Report on the lunatic asylums under the Government of Bombay - 1904-1913
Year: 1904
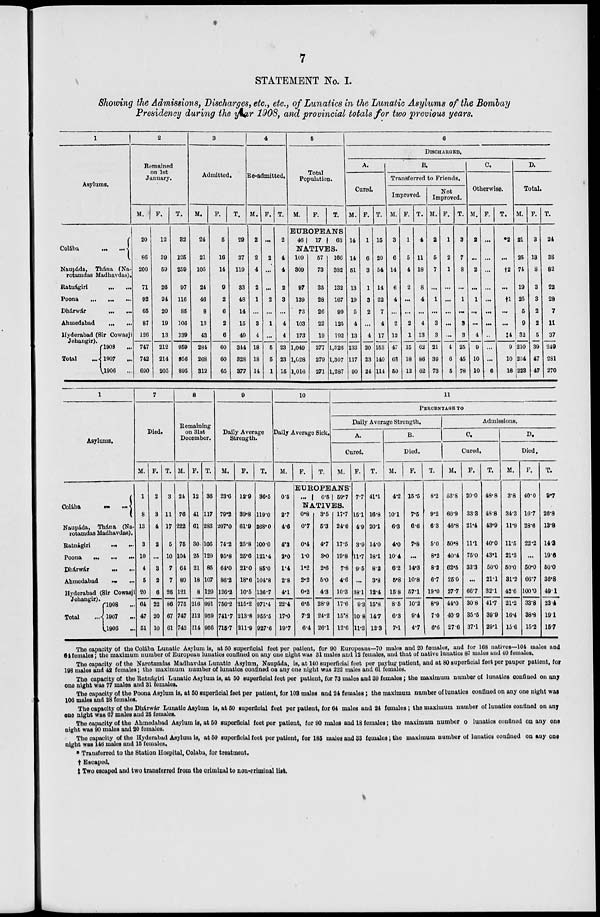
7
STATEMENT No. I.
Showing the Admissions, Discharges, etc., etc., of Lunatics in the Lunatic Asylums of the Bombay
Presidency during the year 1908, and provincial totals for two previous years.
1
Asylums.
Colába ... ...
Naupáda, Thána (Na-
rotamdas Madhavdas).
Ratnágiri
... ...
Poona ... ... ...
Dhárwár ... ...
Ahmedabad
...
...
Hyderabad (Sir Cowasji
Jehangir).
Total ...
1908 ...
1907 ...
1906
...
2
Remained
on 1st
January.
M.
20
86
200
71
92
65
87
126
747
742
690
F.
12
39
59
26
24
20
19
13
212
214
205
T.
32
125
259
97
116
85
106
139
959
956
895
3
Admitted.
M.
24
21
105
24
46
8
13
43
284
268
312
F.
5
16
14
9
2
6
2
6
60
60
65
T.
29
37
119
83
48
14
15
49
344
328
377
4
Re-admitted.
M.
2
2
4
2
1
...
3
4
18
18
14
F.
...
2
...
...
2
...
1
...
5
5
1
T.
2
4
4
2
3
...
4
4
23
23
15
5
Total
Population.
M.
F.
T.
EUROPEANS
46
17
63
NATIVES.
109
309
97
139
73
103
173
1,049
1,028
1,016
57
73
35
28
26
22
19
277
279
271
166
382
132
167
99
125
192
1,326
1,307
1,287
6
DISCHARGED.
A.
Cured.
M.
14
14
51
13
19
5
4
13
133
117
90
F.
1
6
3
1
3
2
...
4
20
23
24
T.
15
20
54
14
22
7
4
17
153
140
114
B.
Transferred to Friends.
Improved.
M.
3
6
14
6
4
...
2
12
47
68
50
F.
1
5
4
2
...
...
2
1
15
18
12
T.
4
11
18
8
4
...
4
13
62
86
62
Not
Improved.
M.
2
5
7
...
1
...
3
3
21
39
73
F.
1
2
1
...
...
...
...
...
4
6
5
T.
3
7
8
...
1
...
3
3
25
45
78
C.
Otherwise.
M.
2
...
2
...
1
...
...
4
9
10
10
F.
...
...
...
...
...
...
...
...
...
...
6
T.
*2
...
†2
...
†1
...
...
‡4
9
10
16
D.
Total.
M.
21
25
74
19
25
5
9
32
210
234
223
F.
3
13
8
3
3
2
2
5
39
47
47
T.
24
38
82
22
28
7
11
37
249
281
270
1
Asylums.
Colába ... ...
Naupáda, Thána (Na-
rotamdas Madhavdas).
Ratnágiri ... ...
Poona ... ... ...
Dhárwár ... ...
Ahmedabad ... ...
Hyderabad (Sir Cowasji
Jehangir).
Total
1908 ...
1907
...
1906 ...
7
Died.
M.
1
8
13
3
10
4
5
20
64
47
51
F.
2
3
4
2
...
3
2
6
22
20
10
T.
3
11
17
5
10
7
7
26
86
67
61
8
Remaining
on 31st
December.
M.
24
76
222
75
104
64
89
121
775
747
742
F.
12
41
61
30
25
21
18
8
216
212
214
T.
36
117
233
105
129
85
107
129
991
959
956
9
Daily Average
Strength.
M.
23.6
79.2
207.0
74.2
95.8
64.0
86.2
126.2
756.2
741.7
715.7
F.
12.9
39.8
61.9
25.8
25.6
21.0
18.6
10.5
215.2
213.8
211.9
T.
36.5
119.0
268.0
100.0
121.4
85.0
104.8
136.7
971.4
955.5
927.6
10
Daily Average Sick.
M.
0.5
2.7
4.6
4.3
2.0
1.4
2.8
4.1
22.4
17.0
19.7
F.
T.
11
PERCENTAGE TO
Daily Average Strength.
A.
Cured.
M.
EUROPEANS
...
0.5 59.7
NATIVES.
0.8
0.7
0.4
1.0
1.2
2.2
0.2
6.5
7.2
6.4
3.5
5.3
4.7
3.0
2.6
5.0
4.3
28.9
24.2
26.1
17.7
24.6
17.5
19.8
7.8
4.6
10.3
17.6
15.8
12.6
F.
7.7
15.1
4.9
3.9
11.7
9.5
...
38.1
9.3
10.8
11.3
T.
41.1
16.8
20.1
14.0
18.1
8.2
3.8
12.4
15.8
14.7
12.3
B.
Died.
M.
4.2
10.1
6.3
4.0
10.4
6.2
5.8
15 8
8.5
6.3
7.1
F.
15.5
7.5
6.6
7.8
...
14.3
10.8
57.1
10.2
9.4
4.7
T.
8.2
9.2
6.3
5.0
8.2
8.2
6.7
19.0
8.9
7.0
6.6
Admissions.
C.
Cured.
M.
53.8
60.9
46.8
50.8
40.4
62.5
25.0
27.7
44.0
40.9
27.6
F.
20.0
33.3
21.4
11.1
75.0
33.3
...
66.7
30.8
35.5
37.1
T.
48.8
43.8
43.9
40.0
43.1
50.0
21.1
32.1
41.7
39.9
29.1
D.
Died.
M.
3.8
34.3
11.9
11.5
21.3
50.0
31.2
42.6
21.2
16.4
15.6
F.
40.0
16.7
28.6
22.2
...
50.0
66.7
100.0
33.8
38.8
15.2
T.
9.7
26.8
13.8
14.3
19.6
50.0
36.8
49.1
23.4
19.1
15.7
The capacity of the Colába Lunatic Asylum is, at 50 superficial feet per patient, for 90 Europeans—70 males and 20 females, and for 168 natives—104 males and
64 females; the maximum number of European lunatics confined on any one night was 31 males and 12 females, and that of native lunatics 87 males and 40 females.
The capacity of the Narotamdas Madhavdas Lunatic Asylum, Naupáda, is, at 140 superficial feet per paying patient, and at 80 superficial feet per pauper patient, for
198 males and 42 females; the maximum number of lunatics confined on any one night was 222 males and 61 females.
The capacity of the Ratnágiri Lunatic Asylum is, at 50 superficial feet per patient, for 73 males and 39 females; the maximum number of lunatics confined on any
one night was 77 males and 31 females.
The capacity of the Poona Asylum is, at 50 superficial feet per patient, for 108 males and 24 females; the maximum number of lunatics confined on any one night was
106 males and 28 females.
The capacity of the Dhárwár Lunatic Asylum is, at 50 superficial feet per patient, for 64 males and 24 females; the maximum number of lunatics confined on any
one night was 67 males and 25 females.
The capacity of the Ahmedabad Asylum is, at 50 superficial feet per patient, for 90 males and 18 females; the maximum number o lunatics confined on any one
night was 90 males and 20 females.
The capacity of the Hyderabad Asylum is, at 50 superficial feet per patient, for 185 males and 33 females; the maximum number of lunatics confined on any one
night was 146 males and 15 females.
* Transferred to the Station Hospital, Colaba, for treatment.
† Escaped.
‡ Two escaped and two transferred from the criminal to non-criminal list.